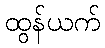
ထွန်ယက်